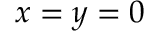
x = y = 0